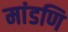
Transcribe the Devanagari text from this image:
मांडणि